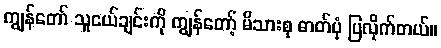
ကျွန်တော် သူငယ်ချင်းကို ကျွန်တော့် မိသားစု ဓာတ်ပုံ ပြလိုက်တယ်။